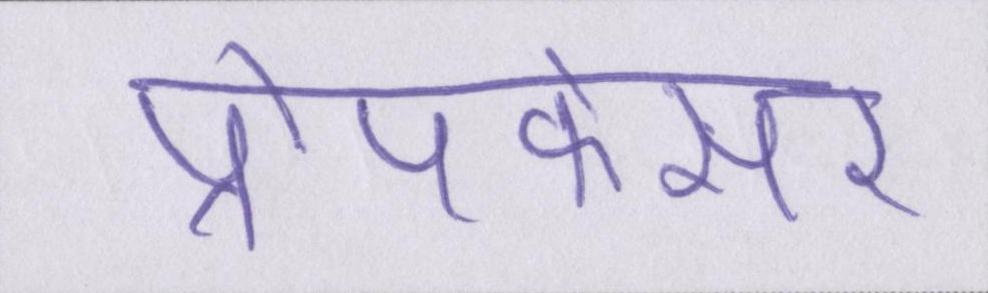
प्रोपफेसर